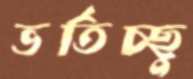
ভর্তিচ্ছু